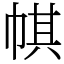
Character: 帺